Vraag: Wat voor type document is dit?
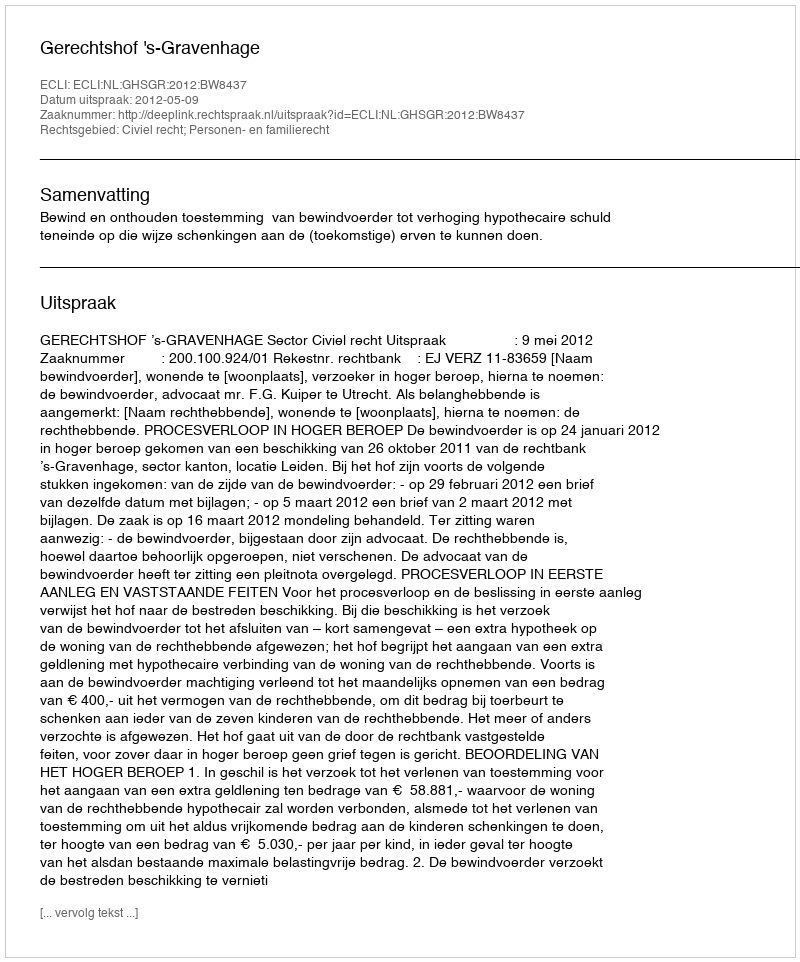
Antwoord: Uitspraak